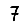
Digit: 7